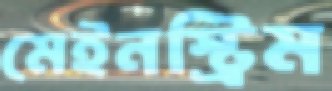
মেইনস্ট্রিম